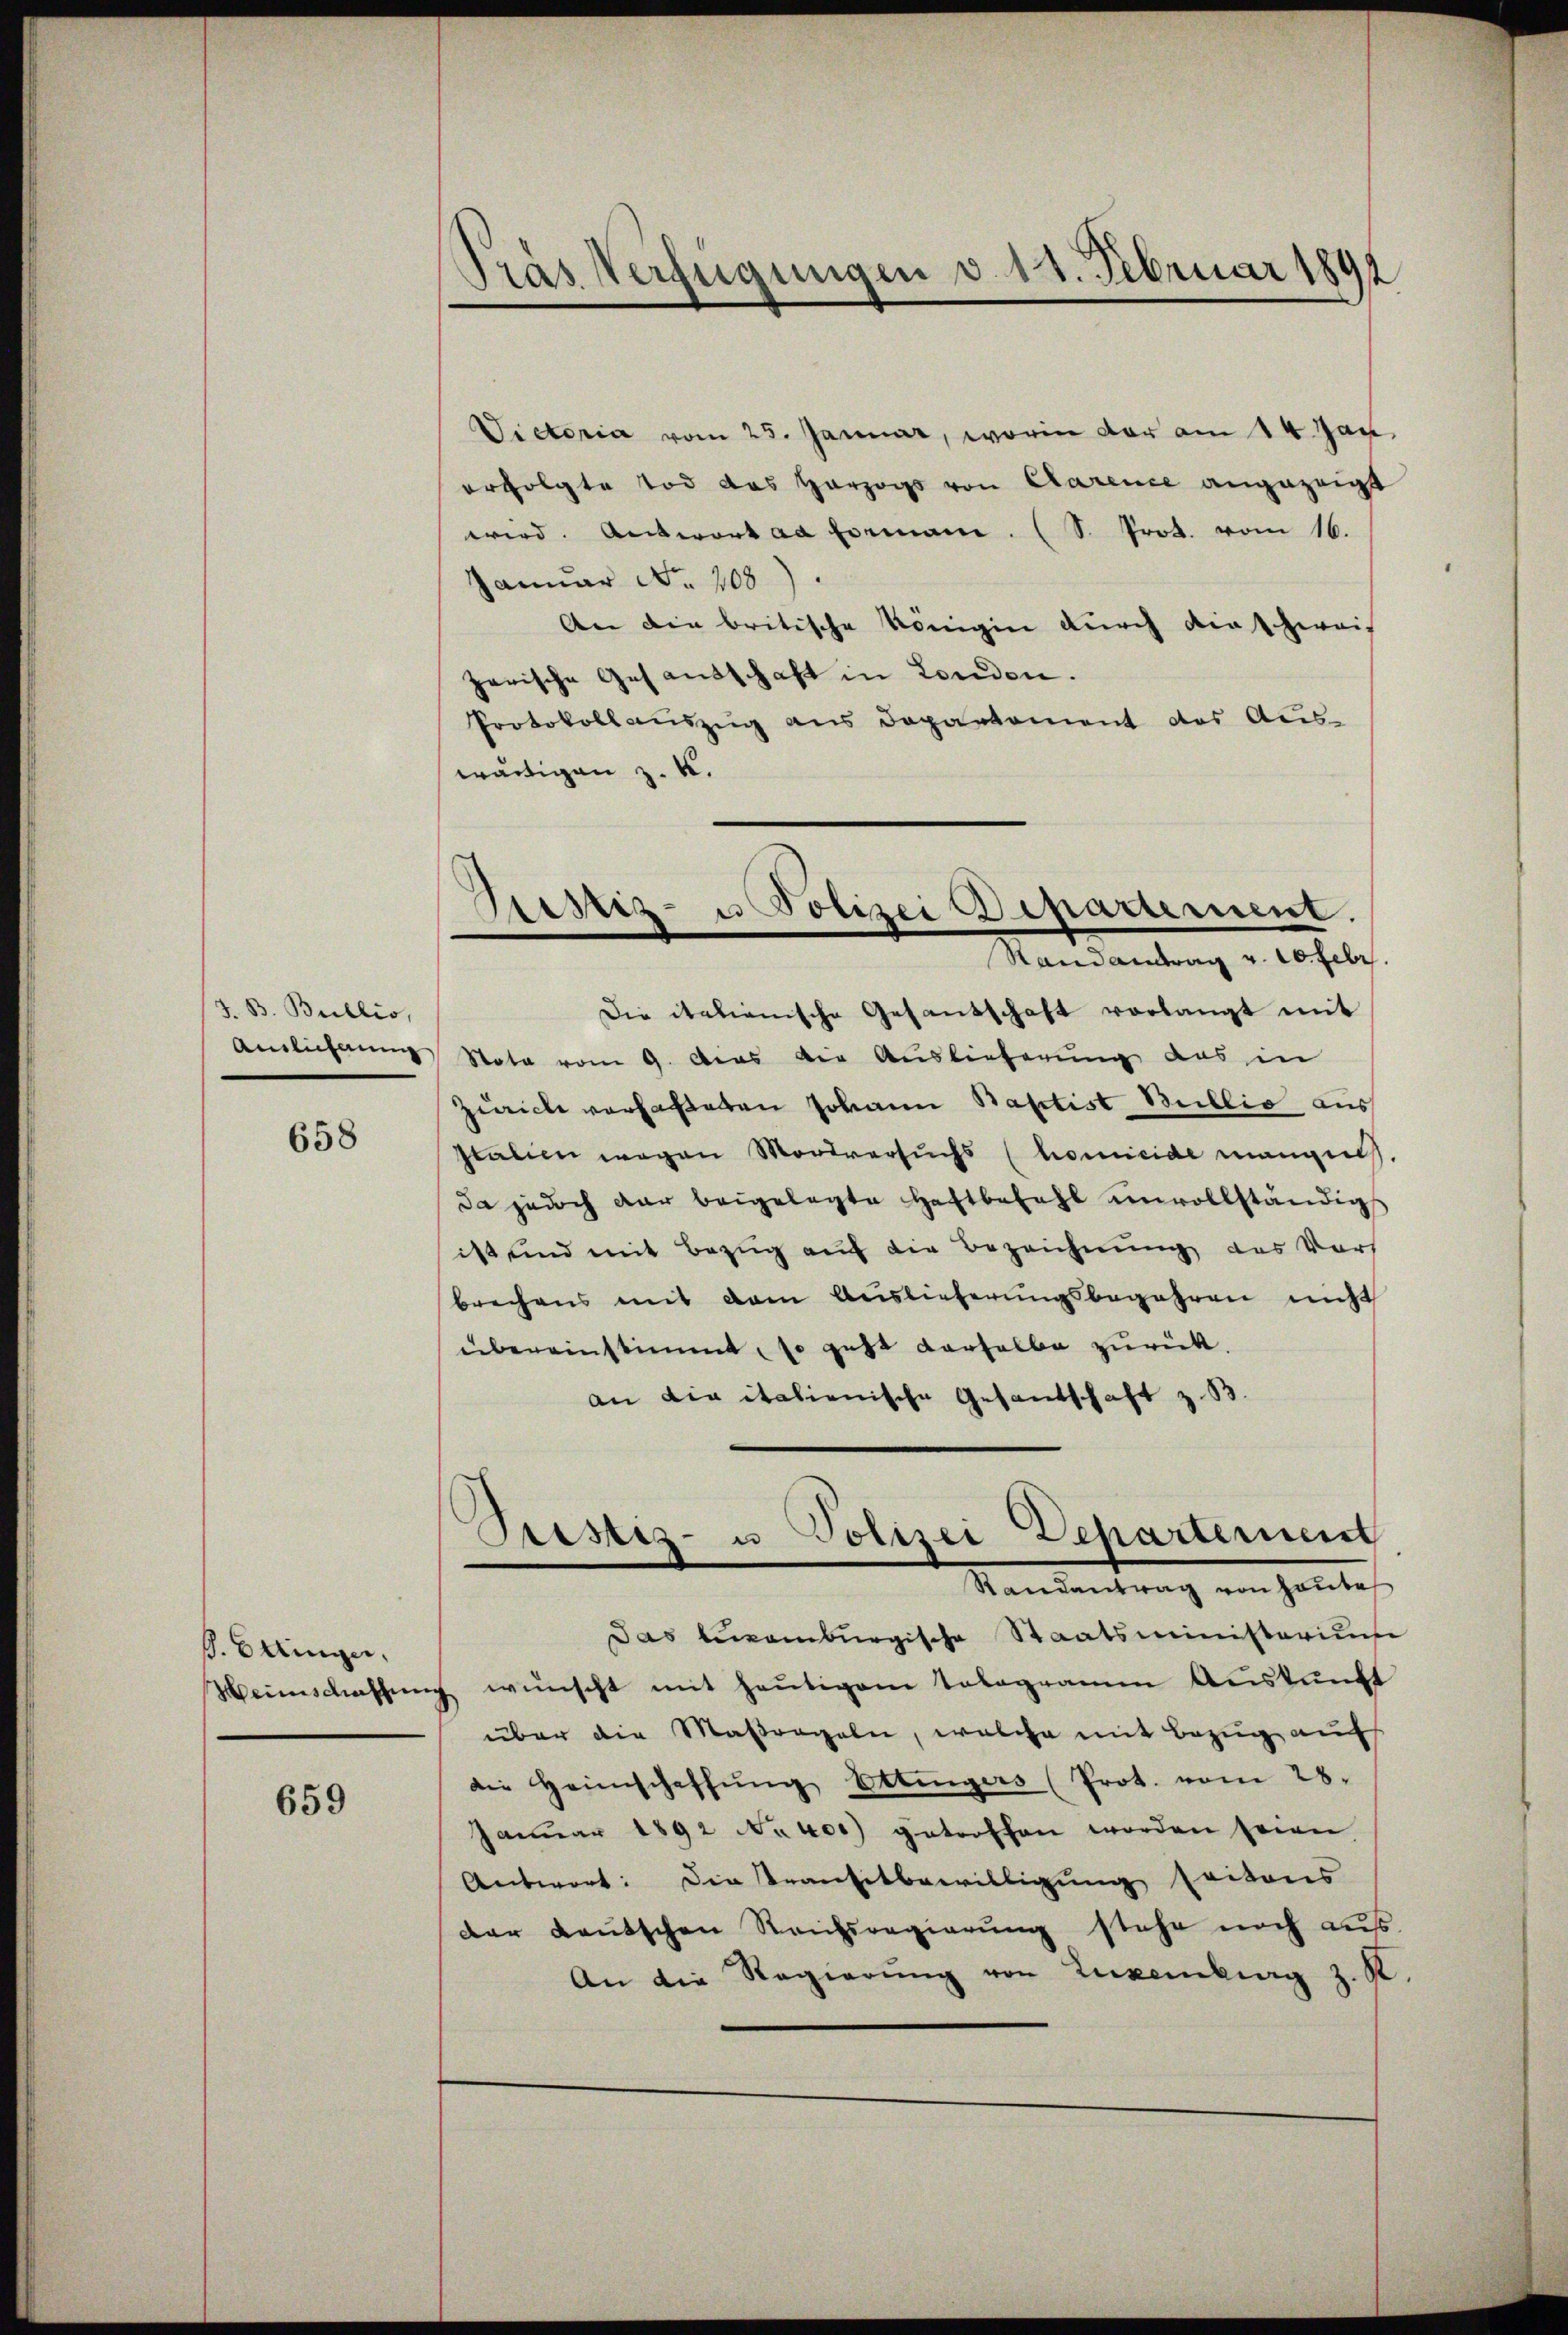
J. B. Bullio,
Auslieferung

658

ß. Einger,
Weinschaffen

659

Pras Verfügungen v. 14. Februar 1892

Siniz- u Polizei Departement.
Randantrag v. 10. Febr.

Victoria vom 25. Januar, worin der am 14. Jan.
erfolgte Tod des Herzogs von Carence angezeigt
wird. Antwort ad Formane. (S. Prod. vom 16.
Januar No. 708).
An die britische Königin durch dies zweif
zerische Gesandschaft in London.
Protokollaŭszŭg ans Departement des Aŭs-
wärtigen z. K.
Die italienische Gesandschaft vorlangt mit
Stota vom 9. Das die Auslieferung aus in
Zürich verhafteten Johann Baptist Biblio aus
Italien wegen Mordversuchs (homicide mangen.
da jedoch dar beigelegte Haftbefehl unvollständig
ist und mit Bezug auf die Bezeichnung des Vors
brechens mit dem Auslieferungsbegehren nicht
übereinstimmt, so geht derselbe zurück.
an die italienische Gesandschaft z. B.
Prestiz- u Polizei Departement
Randantrag von heŭte
das beramburgische Staatsministerius
u wünscht mit heŭtigem Tobagramm Aŭskŭnft
über die Maßregeln, welche mit Bezug auf
die Heimschaffŭng Ettingers (Prot. vom 28.
Janŭar 1892 Nekros getroffen worden seien
Antwort: Die Transitbewilligung seitens
der deutschen Rauchsregierung stehe noch aus.
An die Regierŭng von Luxenburg z. R